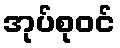
အုပ်စုဝင်